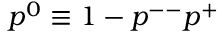
p ^ { 0 } \equiv 1 - p ^ { -- } p ^ { + }